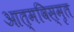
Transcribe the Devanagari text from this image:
आत्‍मविस्‍मृत